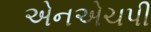
એનએચપી